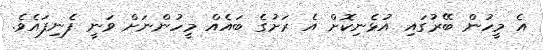
އެ މީހުން ބޭރުގައި އުޅެނިކޮށް އެ ރަށުގެ ބައެއް މީހުންނަށް ވަނީ ފެނިފައެވެ.